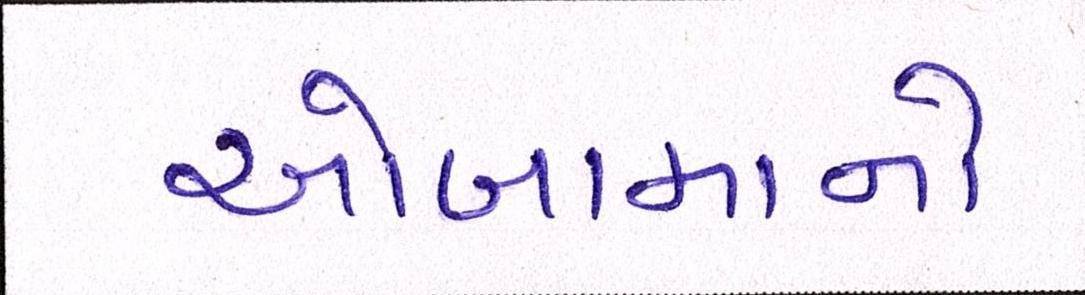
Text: ઓબામાનો